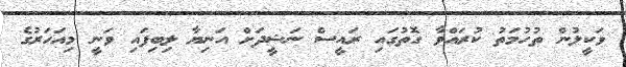
ވަކީލުން ތުހުމަތު ކުރައްވާ ގޮތުގައި ރައީސް ނަޝީދަށް އަނިޔާ ލިބިފައި ވަނީ މިއަހަރުގެ